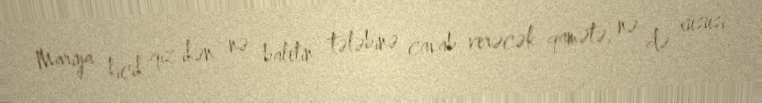
Mariya kiçik qız ikən nə baletin tələbinə cavab verəcək qamətə, nə də xüsusi